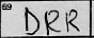
Transcription: DRR